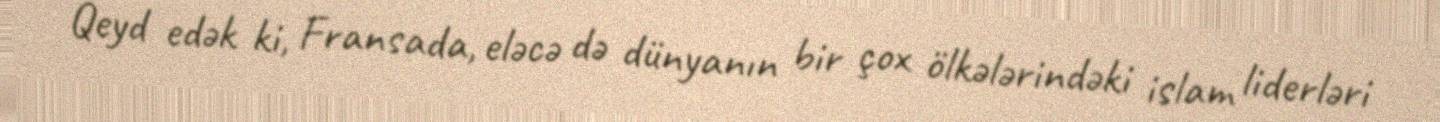
Qeyd edək ki, Fransada, eləcə də dünyanın bir çox ölkələrindəki islam liderləri